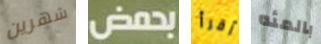
شهرين بحمض أقرأ بالمئه